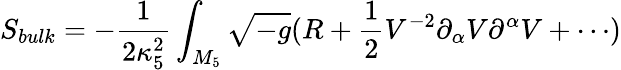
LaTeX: S_{bulk}=-\frac{1}{2\kappa_{5}^{2}}\int_{M_{5}}{\sqrt{-g}(R+\frac{1}{2}V^{-2}\partial_{\alpha}V\partial^{\alpha}V+\cdots)}